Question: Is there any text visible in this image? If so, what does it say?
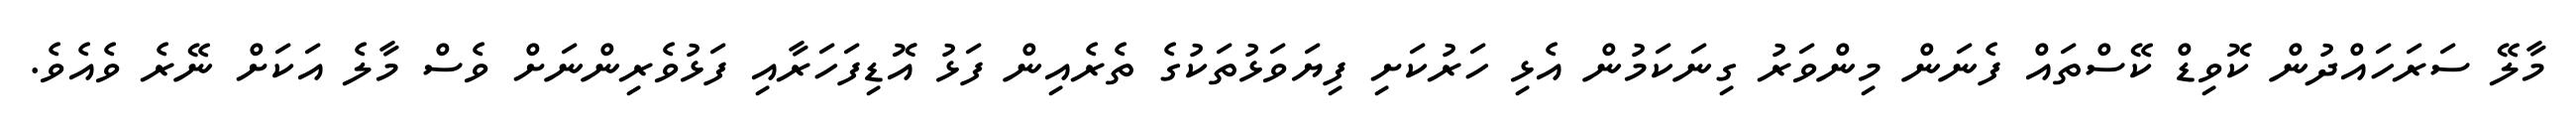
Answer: މާލޭ ސަރަހައްދުން ކޮވިޑް ކޭސްތައް ފެނަން މިންވަރު ގިނަކަމުން އެޅި ހަރުކަށި ފިޔަވަޅުތަކުގެ ތެރެއިން ފަޅު އޮޑިފަހަރާއި ފަޅުވެރިންނަށް ވެސް މާލެ އަކަށް ނޭރެ ވެއެވެ.